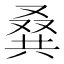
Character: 𠭨